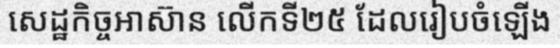
សេដ្ឋកិច្ចអាស៊ាន លើកទី២៥ ដែលរៀបចំឡើង